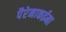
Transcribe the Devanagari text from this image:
पैरेनाकईमा